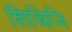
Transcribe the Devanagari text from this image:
शिचिजि